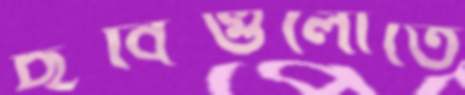
ছবিগুলোতে